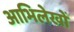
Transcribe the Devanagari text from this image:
आभिलेखों